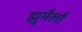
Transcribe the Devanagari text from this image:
झुमैलौ